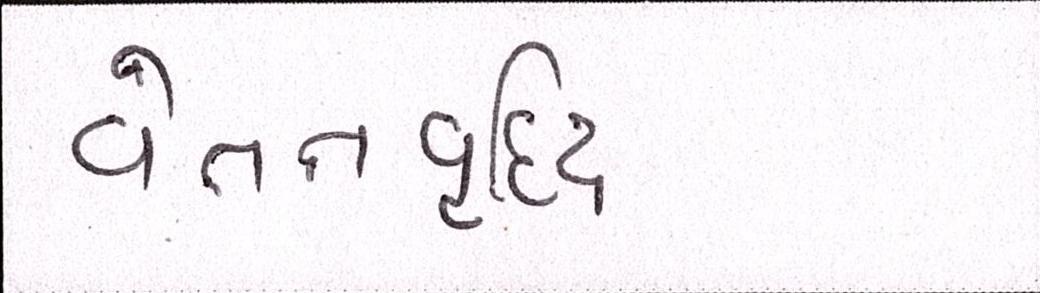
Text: વેતનવૃદ્ધિ